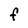
Character: F